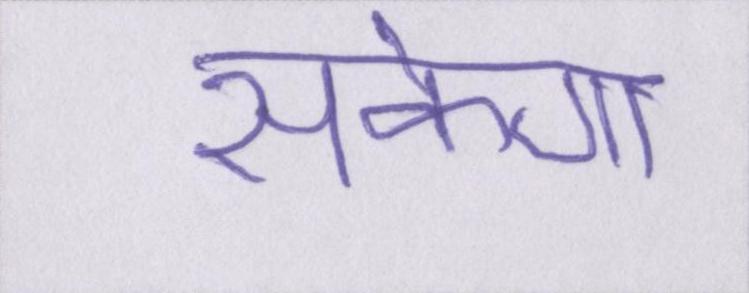
सकेगा